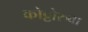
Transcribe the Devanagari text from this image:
कोट्टोरुवा